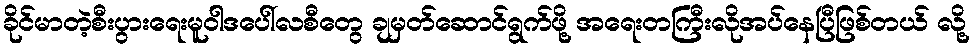
ခိုင်မာတဲ့စီးပွားရေးမူဝါဒပေါ်လစီတွေ ချမှတ်ဆောင်ရွက်ဖို့ အရေးတကြီးလိုအပ်နေပြီဖြစ်တယ် လို့